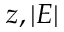
z , | E |